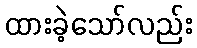
ထားခဲ့သော်လည်း